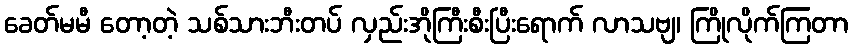
ခေတ်မမီ တော့တဲ့ သစ်သားဘီးတပ် လှည်းအိုကြီးစီးပြီးရောက် လာသဗျ၊ ကြိုလိုက်ကြတာ